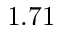
1 . 7 1